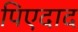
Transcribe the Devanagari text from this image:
पिएदाद